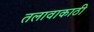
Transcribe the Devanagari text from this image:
तलावाकाठी